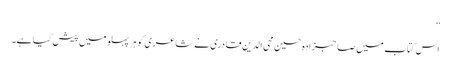
”
اس کتاب میں صاحبزادہ حسین محی الدین قادری نے شاعری کو ہر پہلو میں پیش کیا ہے۔